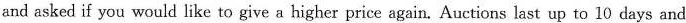
and asked if you would like to give a higher price again. Auctions last up to 10 days and